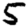
Digit: 5